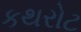
કથરોટ